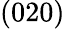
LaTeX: (020)